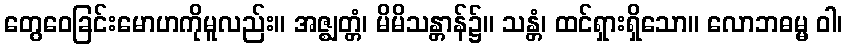
တွေဝေခြင်းမောဟကိုမူလည်း။ အဇ္ဈတ္တံ၊ မိမိသန္တာန်၌။ သန္တံ၊ ထင်ရှားရှိသော။ လောဘဓမ္မ ဝါ၊